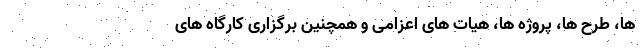
ها، طرح ها، پروژه ها، هیات های اعزامی و همچنین برگزاری کارگاه های